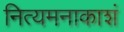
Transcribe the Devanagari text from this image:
नित्यमनाकाशं